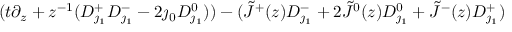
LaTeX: ( t \partial _ { z } + z ^ { - 1 } ( D _ { \jmath _ { 1 } } ^ { + } D _ { \jmath _ { 1 } } ^ { - } - 2 \jmath _ { 0 } D _ { \jmath _ { 1 } } ^ { 0 } ) ) - ( \tilde { J } ^ { + } ( z ) D _ { \jmath _ { 1 } } ^ { - } + 2 \tilde { J } ^ { 0 } ( z ) D _ { \jmath _ { 1 } } ^ { 0 } + \tilde { J } ^ { - } ( z ) D _ { \jmath _ { 1 } } ^ { + } )